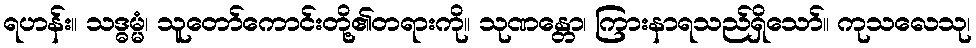
ရဟန်း။ သဒ္ဓမ္မံ၊ သူတော်ကောင်းတို့၏တရားကို။ သုဏန္တော၊ ကြားနာရသည်ရှိသော်။ ကုသလေသု၊